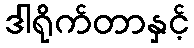
ဒါရိုက်တာနှင့်